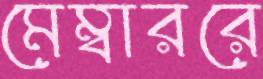
মেম্বাররে